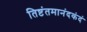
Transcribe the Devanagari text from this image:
तिष्टंतमानंदकंदं